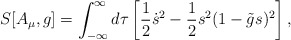
\begin{align*}S[A_{\mu},g]= \int_{-\infty}^\infty d \tau\left[ {1 \over 2} \dot s^2 - {1 \over 2} s^2 (1-\tilde g s)^2 \right],\end{align*}